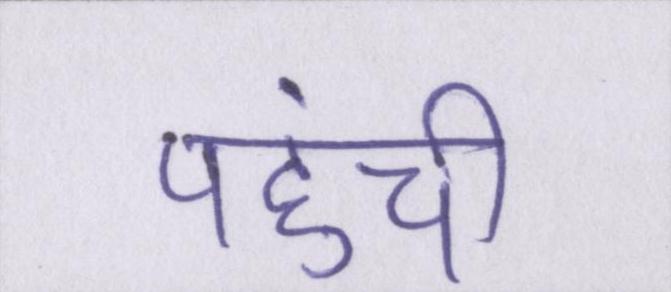
पहुंची